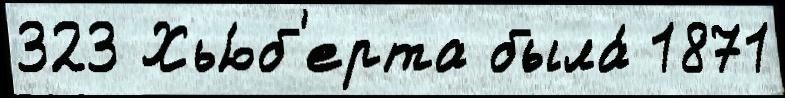
323 Хью́б'ерта была́ 1871